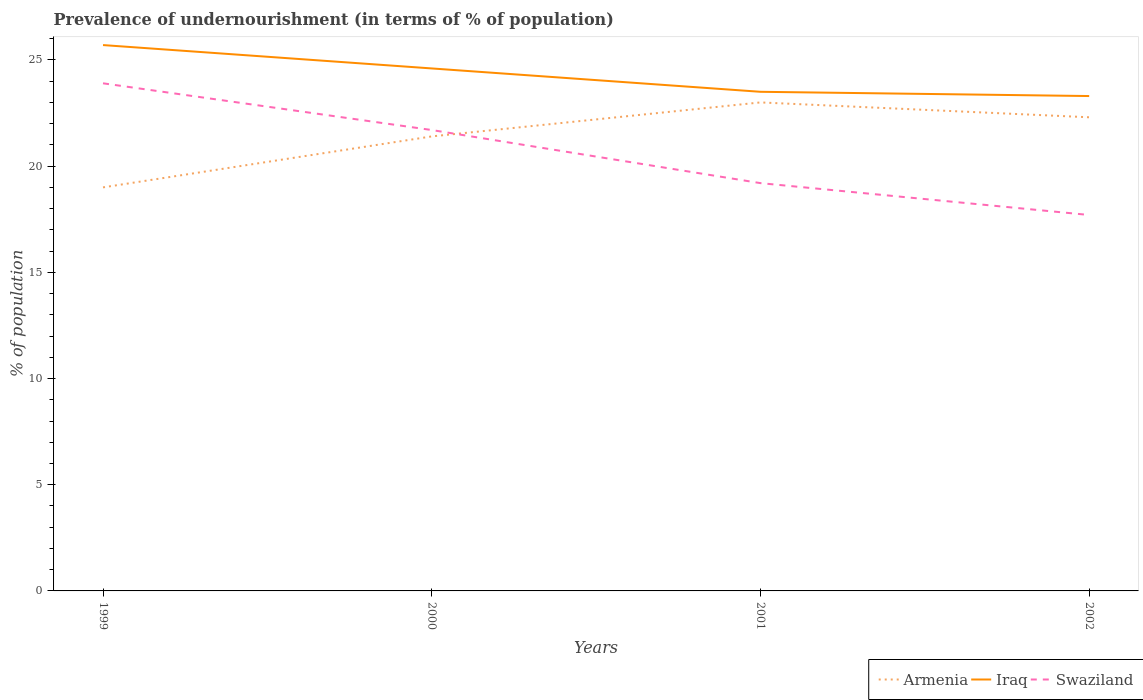
| Years | Armenia | Iraq | Swaziland |
 | --- | --- | --- | --- |
 | 1999 | 19 | 25.7 | 23.9 |
 | 2000 | 21.4 | 24.6 | 21.7 |
 | 2001 | 23 | 23.5 | 19.2 |
 | 2002 | 22.3 | 23.3 | 17.7 |